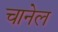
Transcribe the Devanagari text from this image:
चानेल